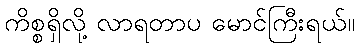
ကိစ္စရှိလို့ လာရတာပ မောင်ကြီးရယ်။